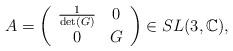
LaTeX: \begin{align*}A= \left(\begin{array}{ccc}\frac{1}{\det(G)} & 0 \\ 0 & G\end{array}\right) \in SL(3, \mathbb{C}),\end{align*}